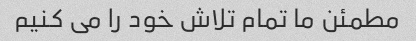
مطمئن ما تمام تلاش خود را می کنیم